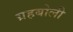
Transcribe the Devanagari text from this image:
ग्रहबोली